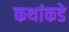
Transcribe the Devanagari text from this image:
कथांकडे